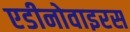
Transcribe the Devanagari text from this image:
एडीनोवाइरस